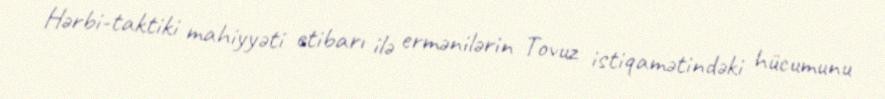
Hərbi-taktiki mahiyyəti etibarı ilə ermənilərin Tovuz istiqamətindəki hücumunu